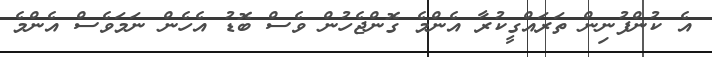
އެ ކުންފުނިން ތަރައްގީކުރާ އެންމެ ގޮންޖެހުން ވެސް ބޮޑު އެހެން ނަމަވެސް އެންމެ